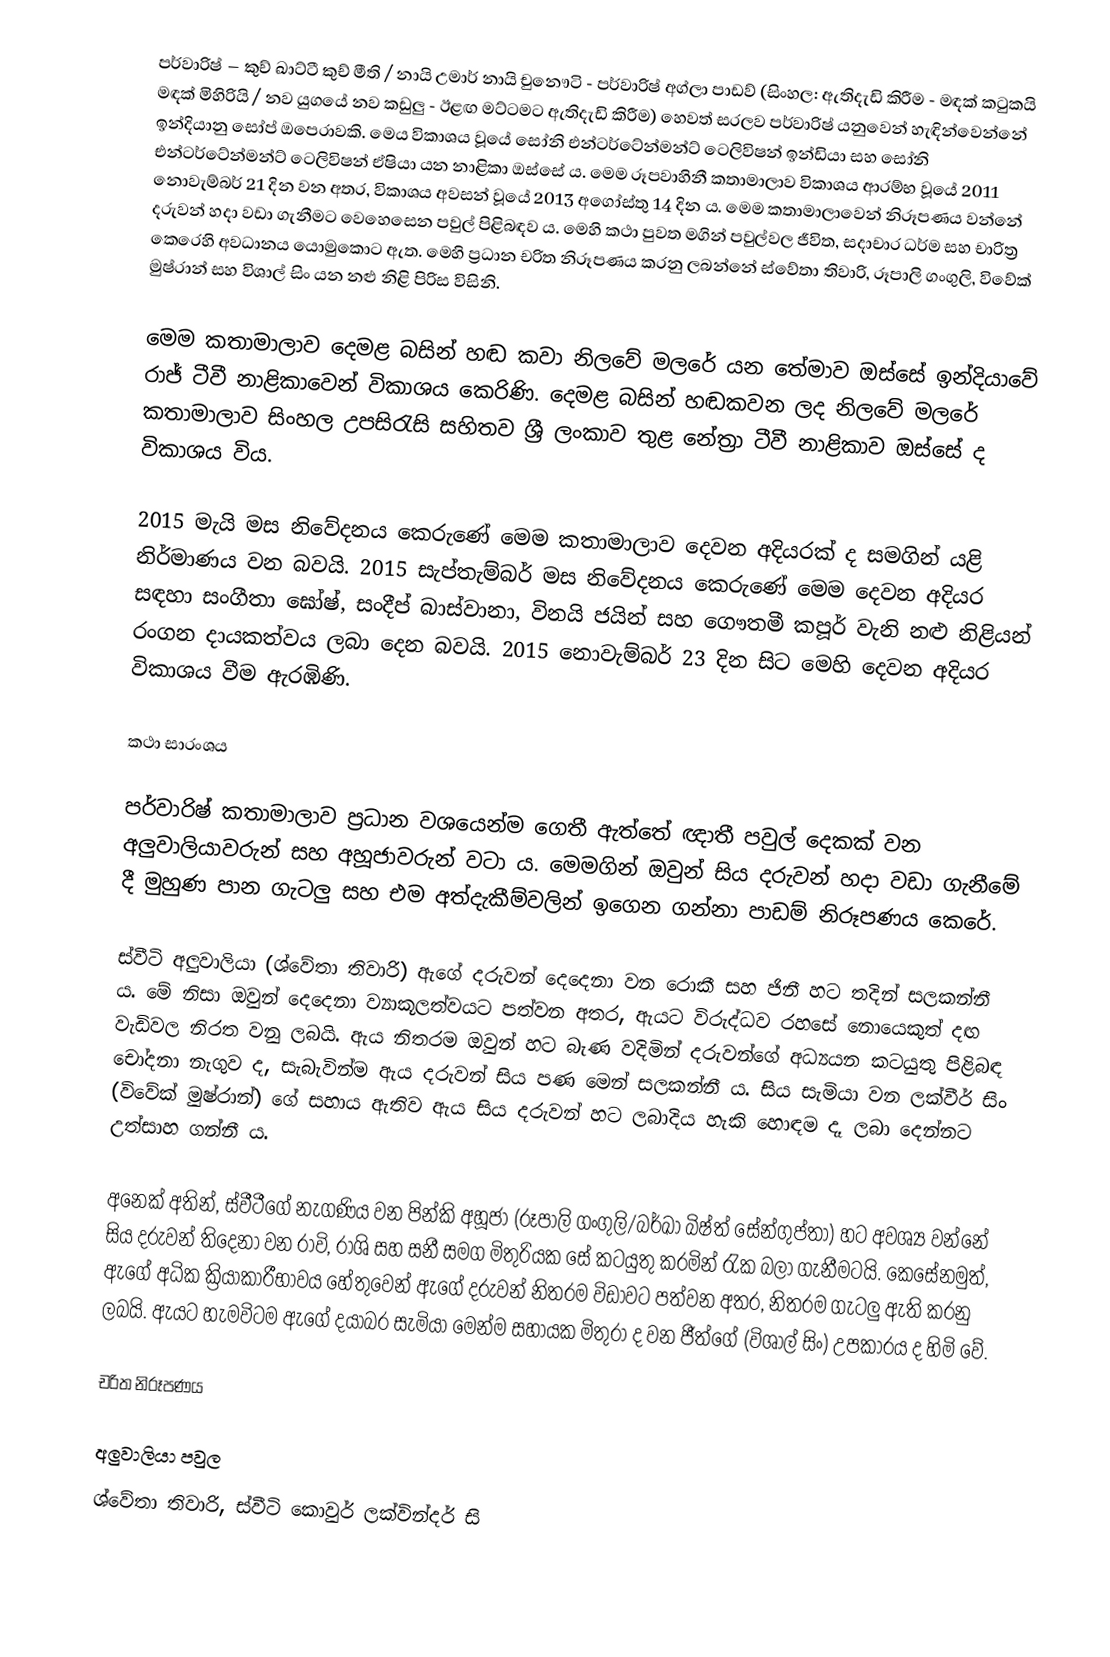
පර්වාරිෂ් – කුච් ඛාට්ටී කුච් මීති / නායි උමාර් නායි චුනෞටි - පර්වාරිෂ් අග්ලා පාඩව් (සිංහල: ඇතිදැඩි කිරීම - මඳක් කටුකයි මඳක් මිහිරියි / නව යුගයේ නව කඩුලු - ඊළඟ මට්ටමට ඇතිදැඩි කිරීම) හෙවත් සරලව පර්වාරිෂ් යනුවෙන් හැඳින්වෙන්නේ ඉන්දියානු සෝප් ඔපෙරාවකි. මෙය විකාශය වූයේ සෝනි එන්ටර්ටේන්මන්ට් ටෙලිවිෂන් ඉන්ඩියා සහ සෝනි එන්ටර්ටේන්මන්ට් ටෙලිවිෂන් ඒෂියා යන නාළිකා ඔස්සේ ය. මෙම රූපවාහිනී කතාමාලාව විකාශය ආරම්භ වූයේ 2011 නොවැම්බර් 21 දින වන අතර, විකාශය අවසන් වූයේ 2013 අගෝස්තු 14 දින ය. මෙම කතාමාලාවෙන් නිරූපණය වන්නේ දරුවන් හදා වඩා ගැනීමට වෙහෙසෙන පවුල් පිළිබඳව ය. මෙහි කථා පුවත මගින් පවුල්වල ජීවිත, සදාචාර ධර්ම සහ චාරිත්‍ර කෙරෙහි අවධානය යොමුකොට ඇත. මෙහි ප්‍රධාන චරිත නිරූපණය කරනු ලබන්නේ ස්වේතා තිවාරි, රූපාලි ගංගුලි, විවේක් මුෂ්රාන් සහ විශාල් සිං යන නළු නිළි පිරිස විසිනි.

මෙම කතාමාලාව දෙමළ බසින් හඬ කවා නිලවේ මලරේ යන තේමාව ඔස්සේ ඉන්දියාවේ රාජ් ටීවී නාළිකාවෙන් විකාශය කෙරිණි. දෙමළ බසින් හඬකවන ලද නිලවේ මලරේ කතාමාලාව සිංහල උපසිරැසි සහිතව ශ්‍රී ලංකාව තුළ නේත්‍රා ටීවී නාළිකාව ඔස්සේ ද විකාශය විය.

2015 මැයි මස නිවේදනය කෙරුණේ මෙම කතාමාලාව දෙවන අදියරක් ද සමගින් යළි නිර්මාණය වන බවයි. 2015 සැප්තැම්බර් මස නිවේදනය කෙරුණේ මෙම දෙවන අදියර සඳහා සංගීතා ඝෝෂ්, සංදීප් බාස්වානා, විනයි ජයින් සහ ගෞතමී කපූර් වැනි නළු නිළියන් රංගන දායකත්වය ලබා දෙන බවයි. 2015 නොවැම්බර් 23 දින සිට මෙහි දෙවන අදියර විකාශය වීම ඇරඹිණි.

කථා සාරංශය

පර්වාරිෂ් කතාමාලාව ප්‍රධාන වශයෙන්ම ගෙතී ඇත්තේ ඥාතී පවුල් දෙකක් වන අලුවාලියාවරුන් සහ අහූජාවරුන් වටා ය. මෙමගින් ඔවුන් සිය දරුවන් හදා වඩා ගැනීමේ දී මුහුණ පාන ගැටලු සහ එම අත්දැකීම්වලින් ඉගෙන ගන්නා පාඩම් නිරූපණය කෙරේ.

ස්වීටි අලුවාලියා (ශ්වේතා තිවාරි) ඇගේ දරුවන් දෙදෙනා වන රොකී සහ ජිනී හට තදින් සලකන්නී ය. මේ නිසා ඔවුන් දෙදෙනා ව්‍යාකූලත්වයට පත්වන අතර, ඇයට විරුද්ධව රහසේ නොයෙකුත් දඟ වැඩිවල නිරත වනු ලබයි. ඇය නිතරම ඔවුන් හට බැණ වදිමින් දරුවන්ගේ අධ්‍යයන කටයුතු පිළිබඳ චෝදනා නැගුව ද, සැබැවින්ම ඇය දරුවන් සිය පණ මෙන් සලකන්නී ය. සිය සැමියා වන ලක්වීර් සිං (විවේක් මුෂ්රාන්) ගේ සහාය ඇතිව ඇය සිය දරුවන් හට ලබාදිය හැකි හොඳම දෑ ලබා දෙන්නට උත්සාහ ගන්නී ය.

අනෙක් අතින්, ස්වීටීගේ නැගණිය වන පින්කි අහූජා (රූපාලි ගංගුලි/බර්ඛා බිෂ්ත් සේන්ගුප්තා) හට අවශ්‍ය වන්නේ සිය දරුවන් තිදෙනා වන රාවි, රාශි සහ සනී සමග මිතුරියක සේ කටයුතු කරමින් රැක බලා ගැනීමටයි. කෙසේනමුත්, ඇගේ අධික ක්‍රියාකාරීභාවය හේතුවෙන් ඇගේ දරුවන් නිතරම විඩාවට පත්වන අතර, නිතරම ගැටලු ඇති කරනු ලබයි. ඇයට හැමවිටම ඇගේ දයාබර සැමියා මෙන්ම සහායක මිතුරා ද වන ජීත්ගේ (විශාල් සිං) උපකාරය ද හිමි වේ.

චරිත නිරූපණය

 අලුවාලියා පවුල
 ශ්වේතා තිවාරි, ස්වීටි කොවුර් ලක්වින්දර් සි